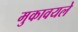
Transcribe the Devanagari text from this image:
मुकावयले